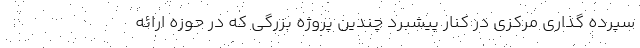
سپرده گذاری مرکزی در کنار پیشبرد چندین پروژه بزرگی که در حوزه ارائه